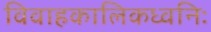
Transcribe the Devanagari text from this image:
विवाहकालिकध्वनिः